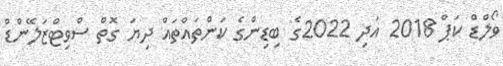
ވޯލްޑް ކަޕް 2018 އަދި 2022ގެ ބިޑިންގެ ކަންތައްތައް ދިޔަ ގޮތް ސްވިޓްޒަލޭންޑް